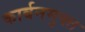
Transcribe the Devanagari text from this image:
कार्बनमुक्त